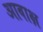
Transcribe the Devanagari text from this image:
आवाक्ष